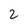
Character: 2